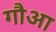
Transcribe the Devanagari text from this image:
गौआ